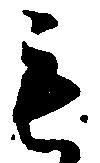
も